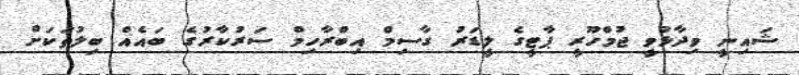
ޝައިނީ ވިދާޅުވީ ޖުމްހޫރީ ޕާޓީގެ ލީޑަރު ގާސިމް އިބްރާހިމް ސަރުކާރުގެ ބައެއް ބިލުތަކަށް